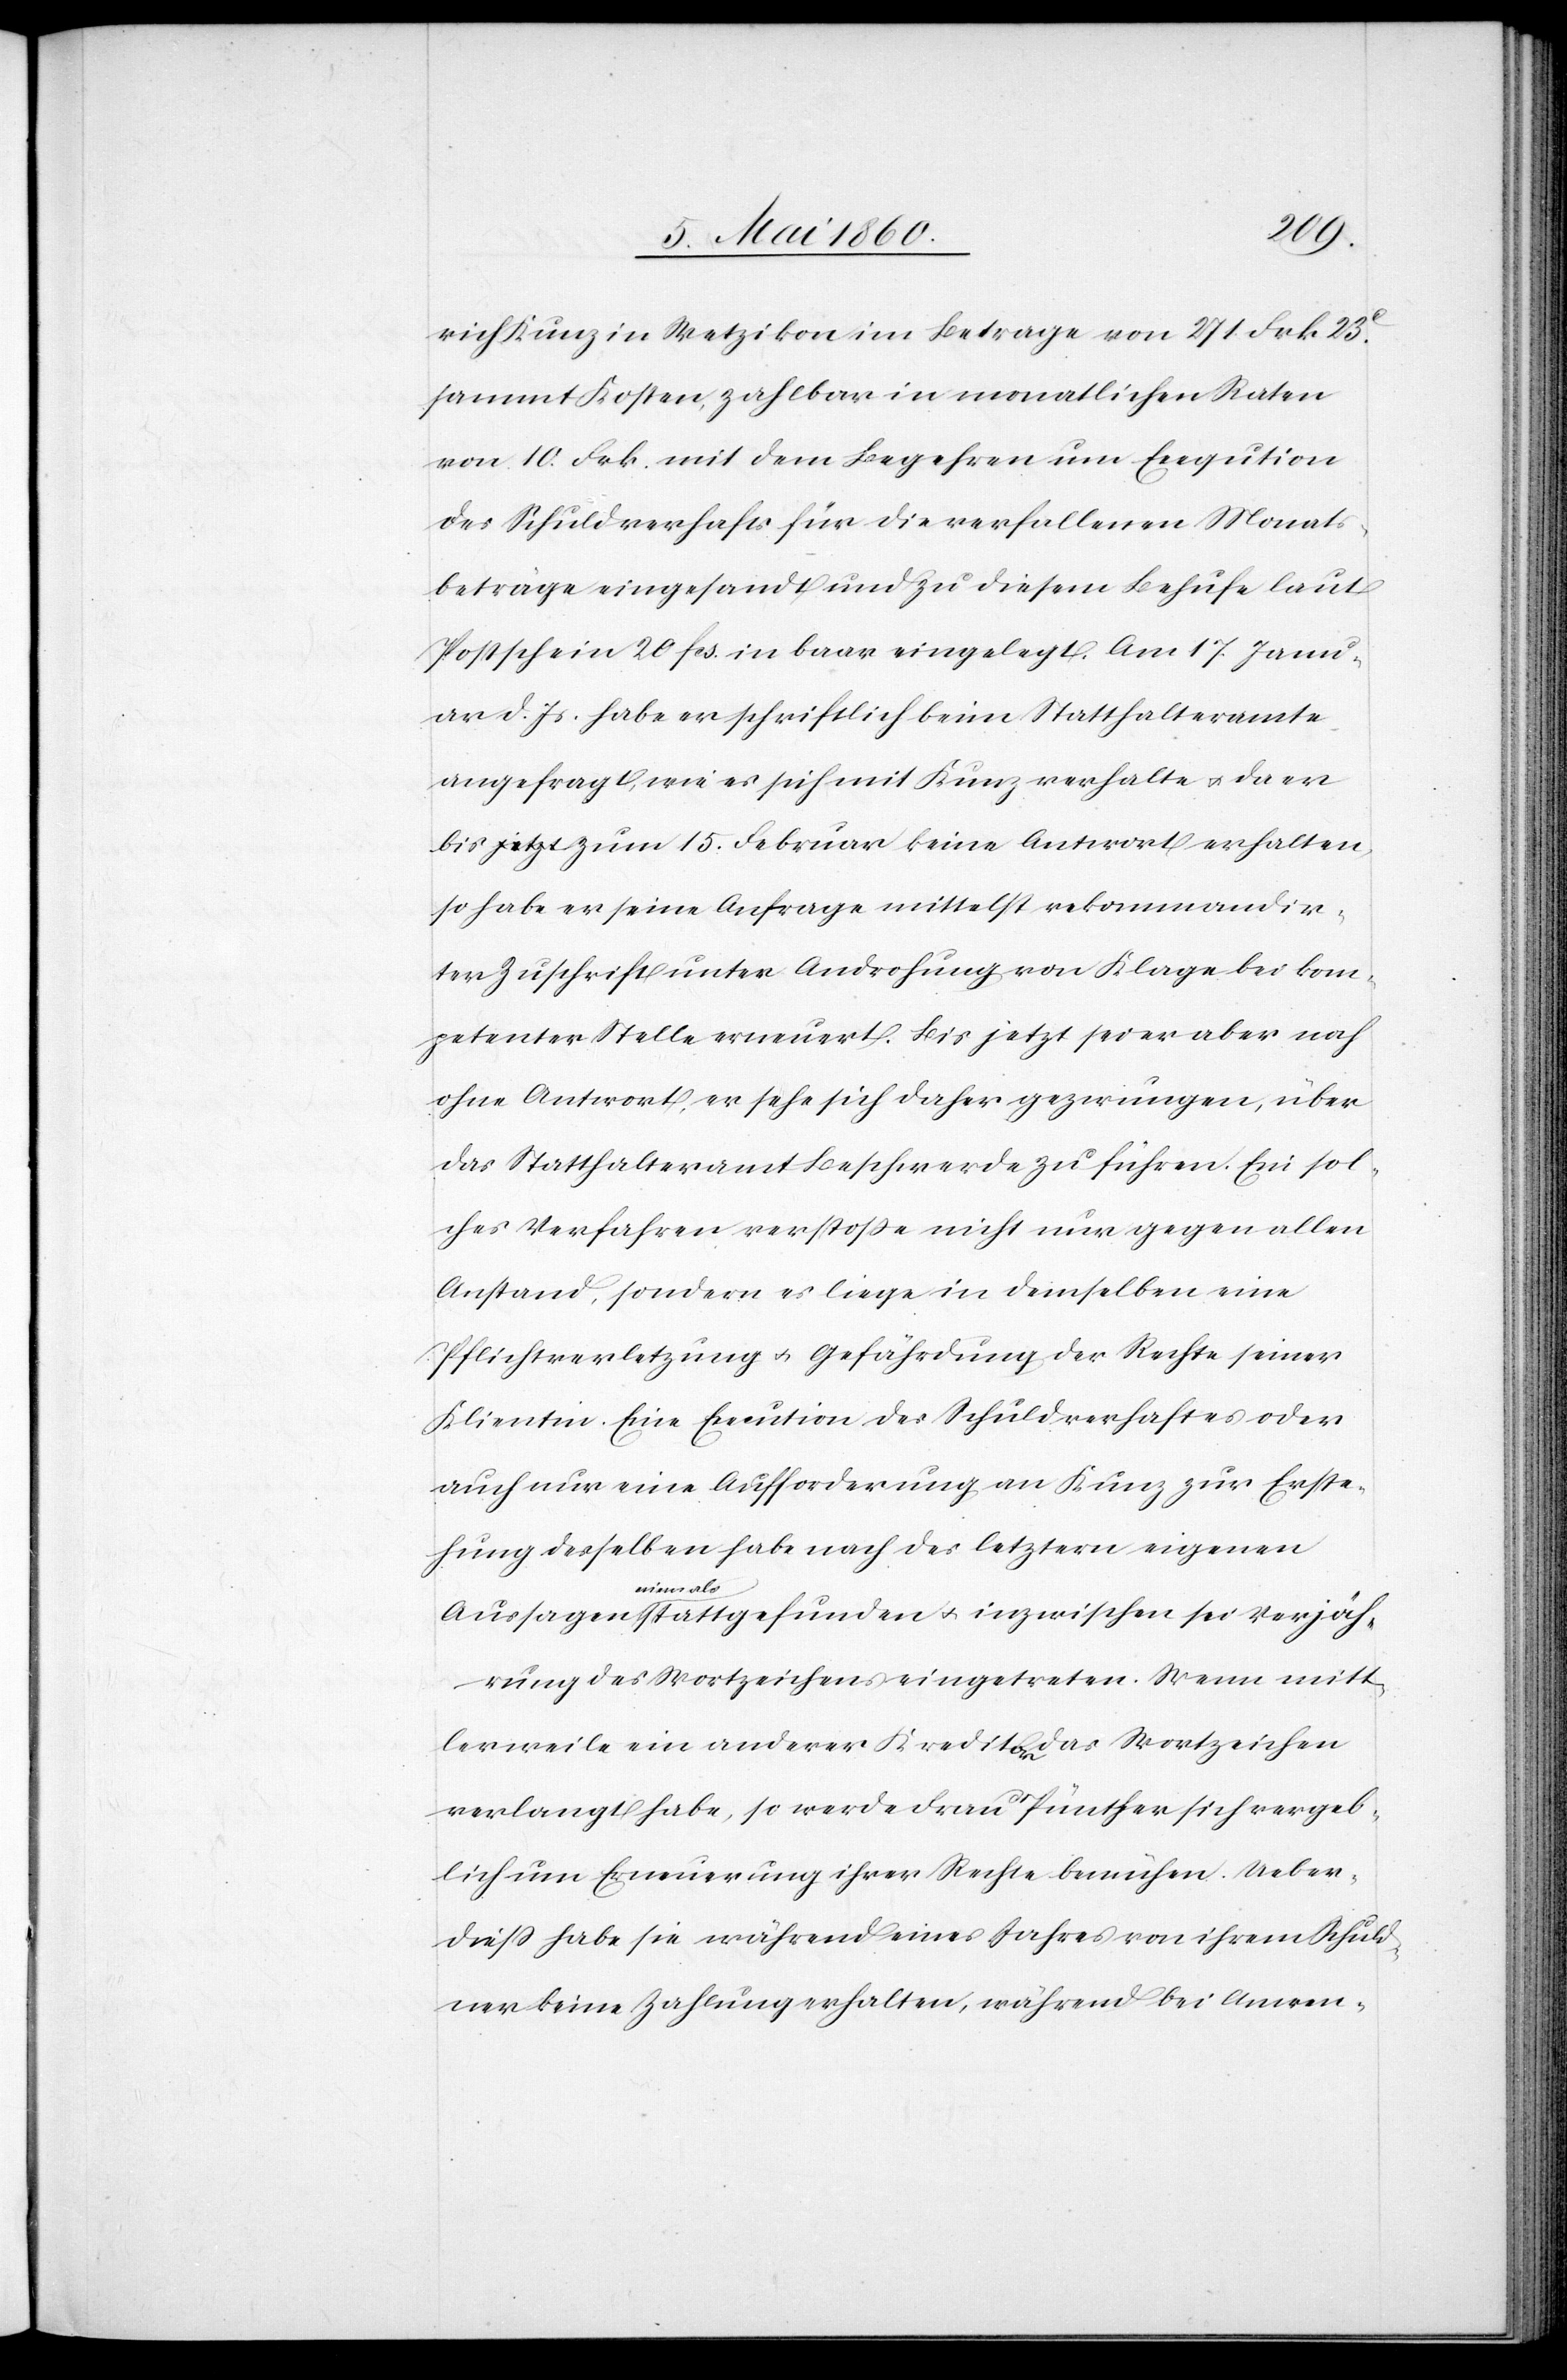
rich Kunz in Wetzikon im Betrage von 271 Frk. 23C
sammt Kosten, zahlbar in monatlichen Raten
von 10. Frk. mit dem Begehren um Exeqution
des Schuldverhafts für die verfallenen Monats¬
beträge eingesandt und zu diesem Behufe laut
Postschein 20 fcs. in baar eingelegt. Am 17. Janu¬
ar d. Js. habe er schriftlich beim Statthalteramte
angefragt, wie es sich mit Kunz verhalte u. da er
bis zum 15. Februar keine Antwort erhalten,
so habe er seine Anfrage mittelst rekommandir¬
ter Zuschrift unter Androhung von Klage bei kom¬
petenter Stelle erneuert. Bis jetzt sei er aber noch
ohne Antwort, er sehe sich daher gezwungen, über
das Statthalteramt Beschwerde zu führen. Ein sol¬
ches Verfahren verstosse nicht nur gegen allen
Anstand, sondern es liege in demselben eine
Pflichtverletzung u. Gefährdung der Rechte seiner
Klientin. Eine Execution des Schuldverhaftes oder
auch nur eine Aufforderung an Kunz zur Erste¬
hung desselben habe nach des letztern eigenen
Aussagen niemals stattgefunden u. inzwischen sei Verjäh¬
rung des Wortzeichens eingetreten. Wenn mitt¬
lerweile ein anderer Kreditor das Wortzeichen
verlangt habe, so werde Frau Pünther sich vergeb¬
lich um Erneuerung ihrer Rechte bemühen. Ueber¬
dies habe sie während eines Jahres von ihrem Schuld¬
ner keine Zahlung erhalten, während bei Anwen-